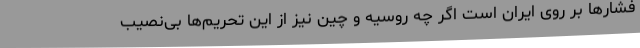
فشارها بر روی ایران است اگر چه روسیه و چین نیز از این تحریم‌ها بی‌نصیب